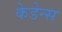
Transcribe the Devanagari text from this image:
केडेन्स